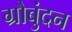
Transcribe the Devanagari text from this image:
ग्रौबुंदन